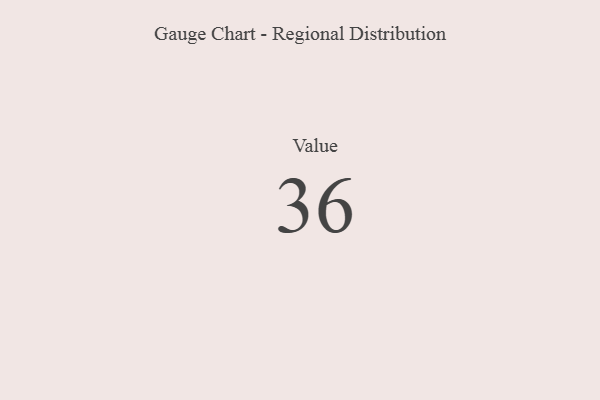
{"axis": {"x": "Metric", "y": "Value"}, "legend": [""], "data": [{"x": "Value", "y": 36, "type": ""}]}